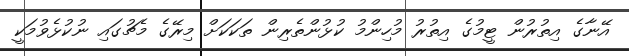
އޭނާގެ އިތުރުން ޓީމުގެ އިތުރު މުހިންމު ކުޅުންތެރިން ތަކަކަށް މިރޭގެ މެޗުގައި ނުކުޅެވުމަކީ